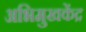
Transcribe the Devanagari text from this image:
अभिमुखकेंद्र